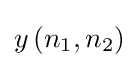
y\left(n_{1},n_{2}\right)